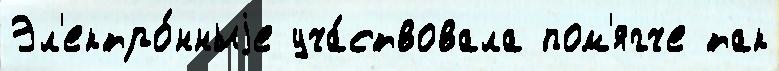
Эл'ектро́нныjе уча́ствовала пом'ягче так